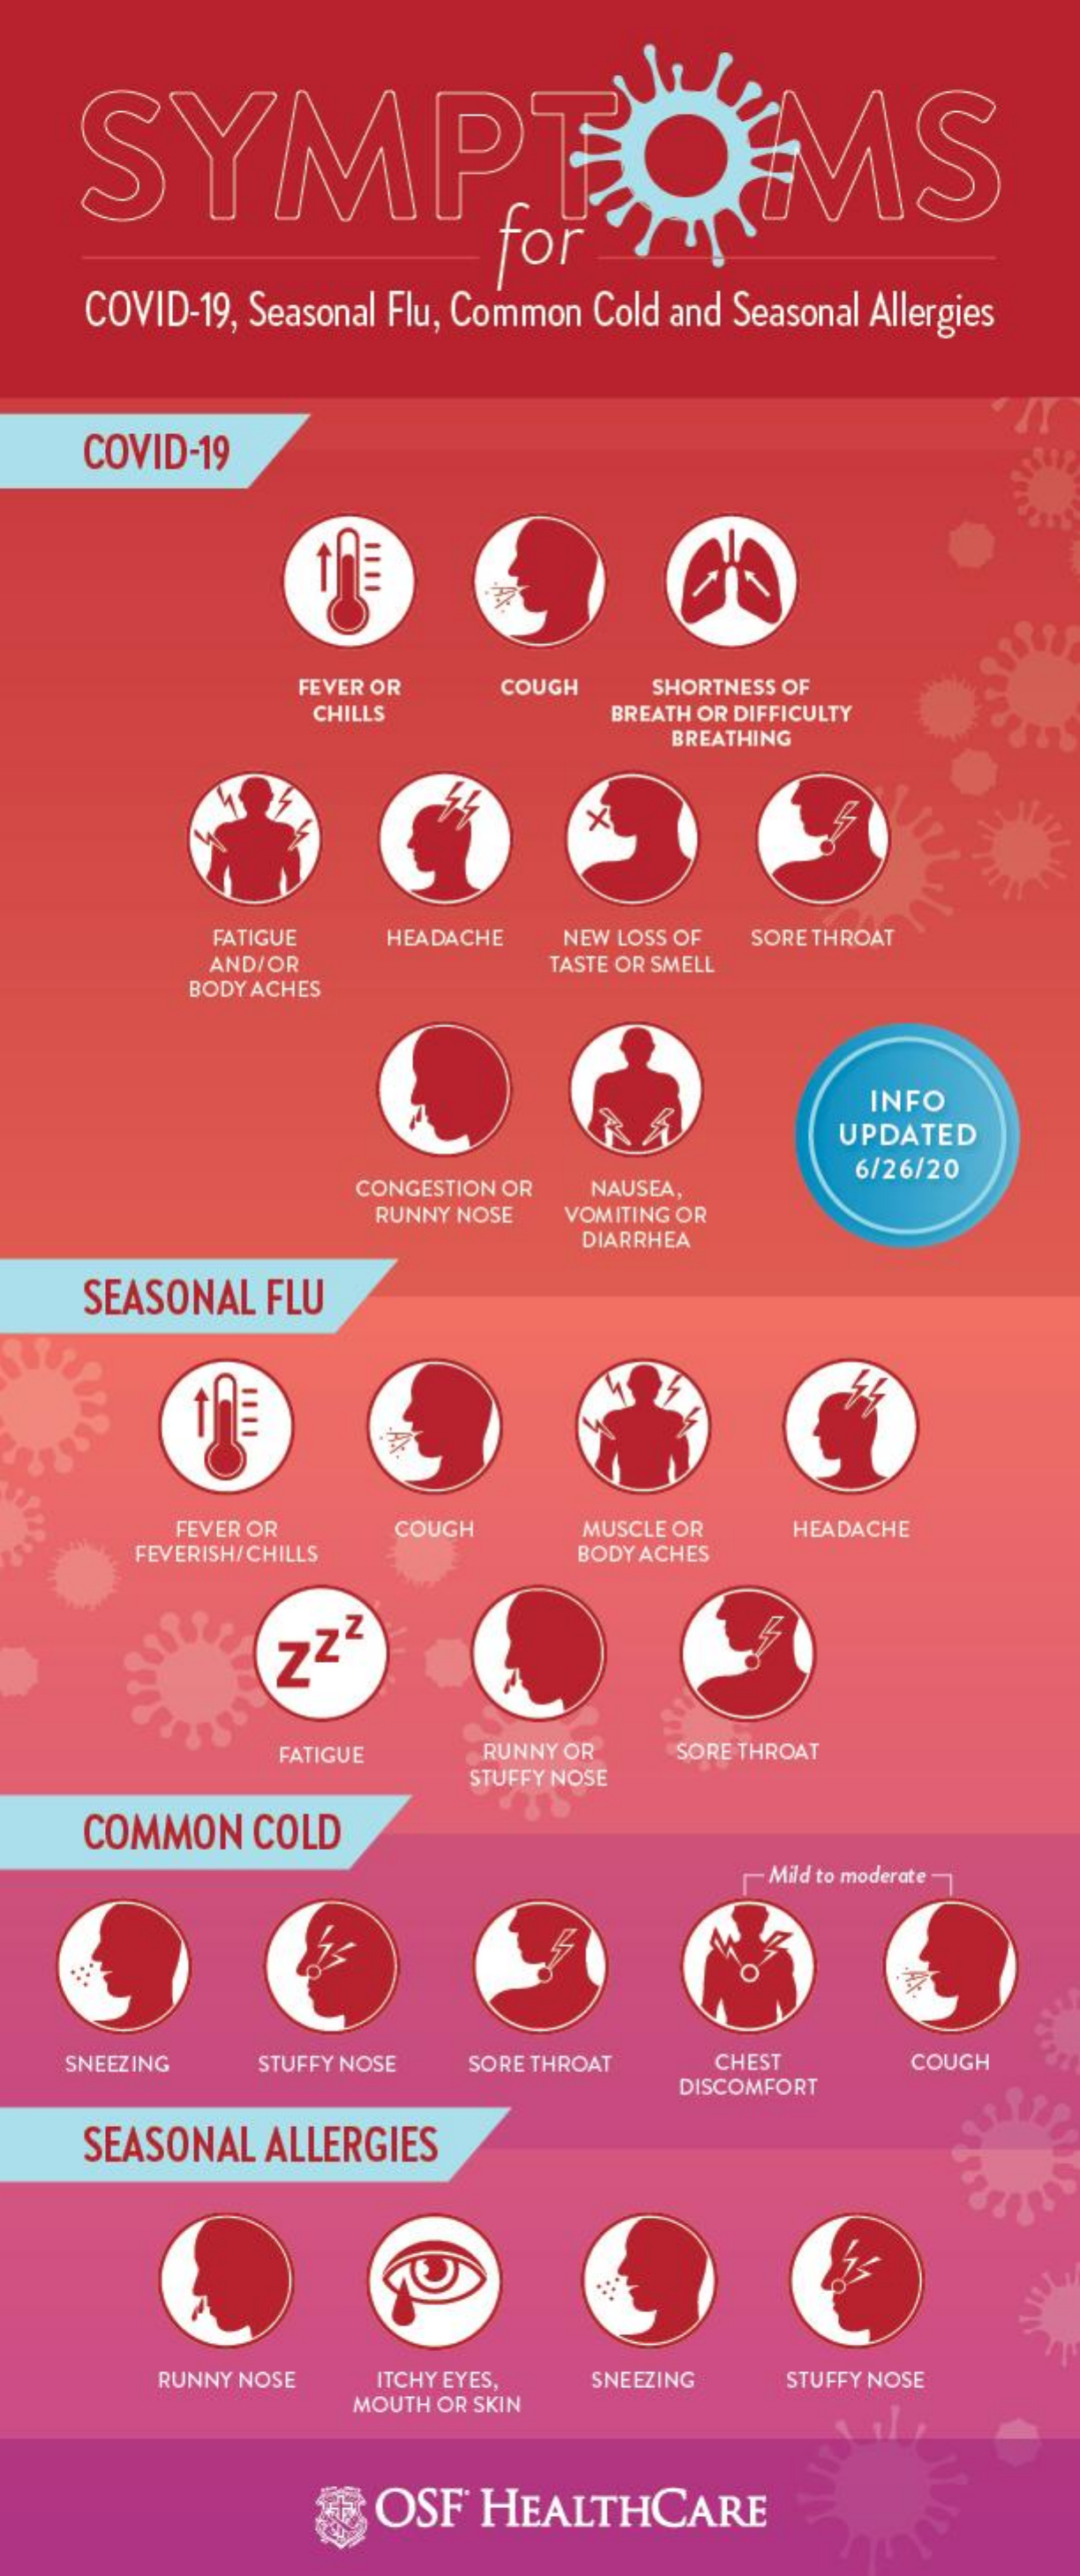
SYMPTO    MS
     for
     COVID-19, Seasonal Flu, Common Cold and Seasonal Allergies
     COVID-19
     FEVER OR   COUGH    SHORTNESS OF
     CHILLS    BREATH OR DIFFICULTY
     BREATHING
     FATIGUE   HEADACHE  NEW LOSS OF SORE THROAT
     AND/OR    TASTE OR SMELL
     BODY ACHES
     INFO
     UPDATED
     CONGESTION OR NAUSEA,
     6/26/20
     RUNNY NOSE VOMITING OR
     DIARRHEA
     SEASONAL  FLU
     FEVER OR
     FEVERISH/CHILLS
     COUGH    MUSCLE OR  HEADACHE
     BODY ACHES
     Zzz
     FATIGUE    RUNNY OR
     STUFFY NOSE
     SORE THROAT
     COMMON   COLD
     Mild to moderate -
    SNEEZING   STUFFY NOSE SORE THROAT  CHEST
     DISCOMFORT
     COUGH
     SEASONAL  ALLERGIES
     RUNNY NOSE  ITCHY EYES, SNEEZING   STUFFY NOSE
     MOUTH OR SKIN
     OSF   HEALTHCARE